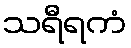
သရီရကံ